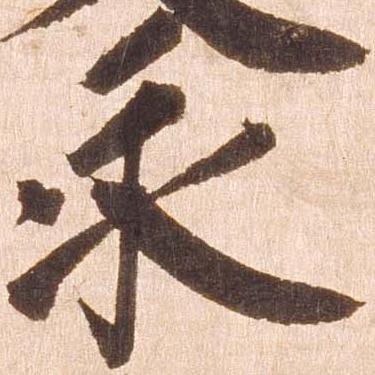
永